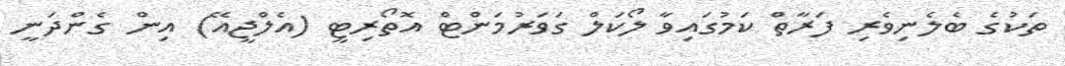
ތަކުގެ ބެލެނިވެރި ފަރާތް ކަމުގައިވާ ލޯކަލް ގަވަރުމަންޓް އޮތޯރިޓީ (އެލްޖީއޭ) އިން ގެންދަނީ